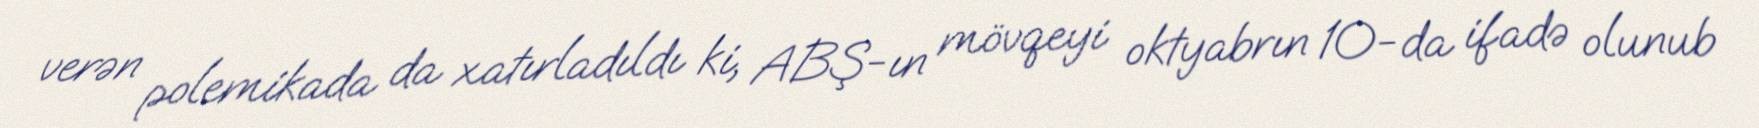
verən polemikada da xatırladıldı ki, ABŞ-ın mövqeyi oktyabrın 10-da ifadə olunub